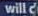
will d